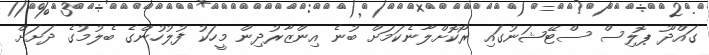
ގައްދޫ ޕޮލިސް ސްޓޭޝަނުގައި ރޯކޮށްލާނެކަމަށް ބުނެ އިންޒާރުދިން މީހަކު ފުލުހުންގެ ބެލުމުގެ ދަށަށް